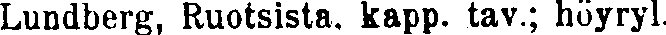
Lundberg, Ruotsista, kapp. tav.; höyryl.